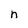
Character: n